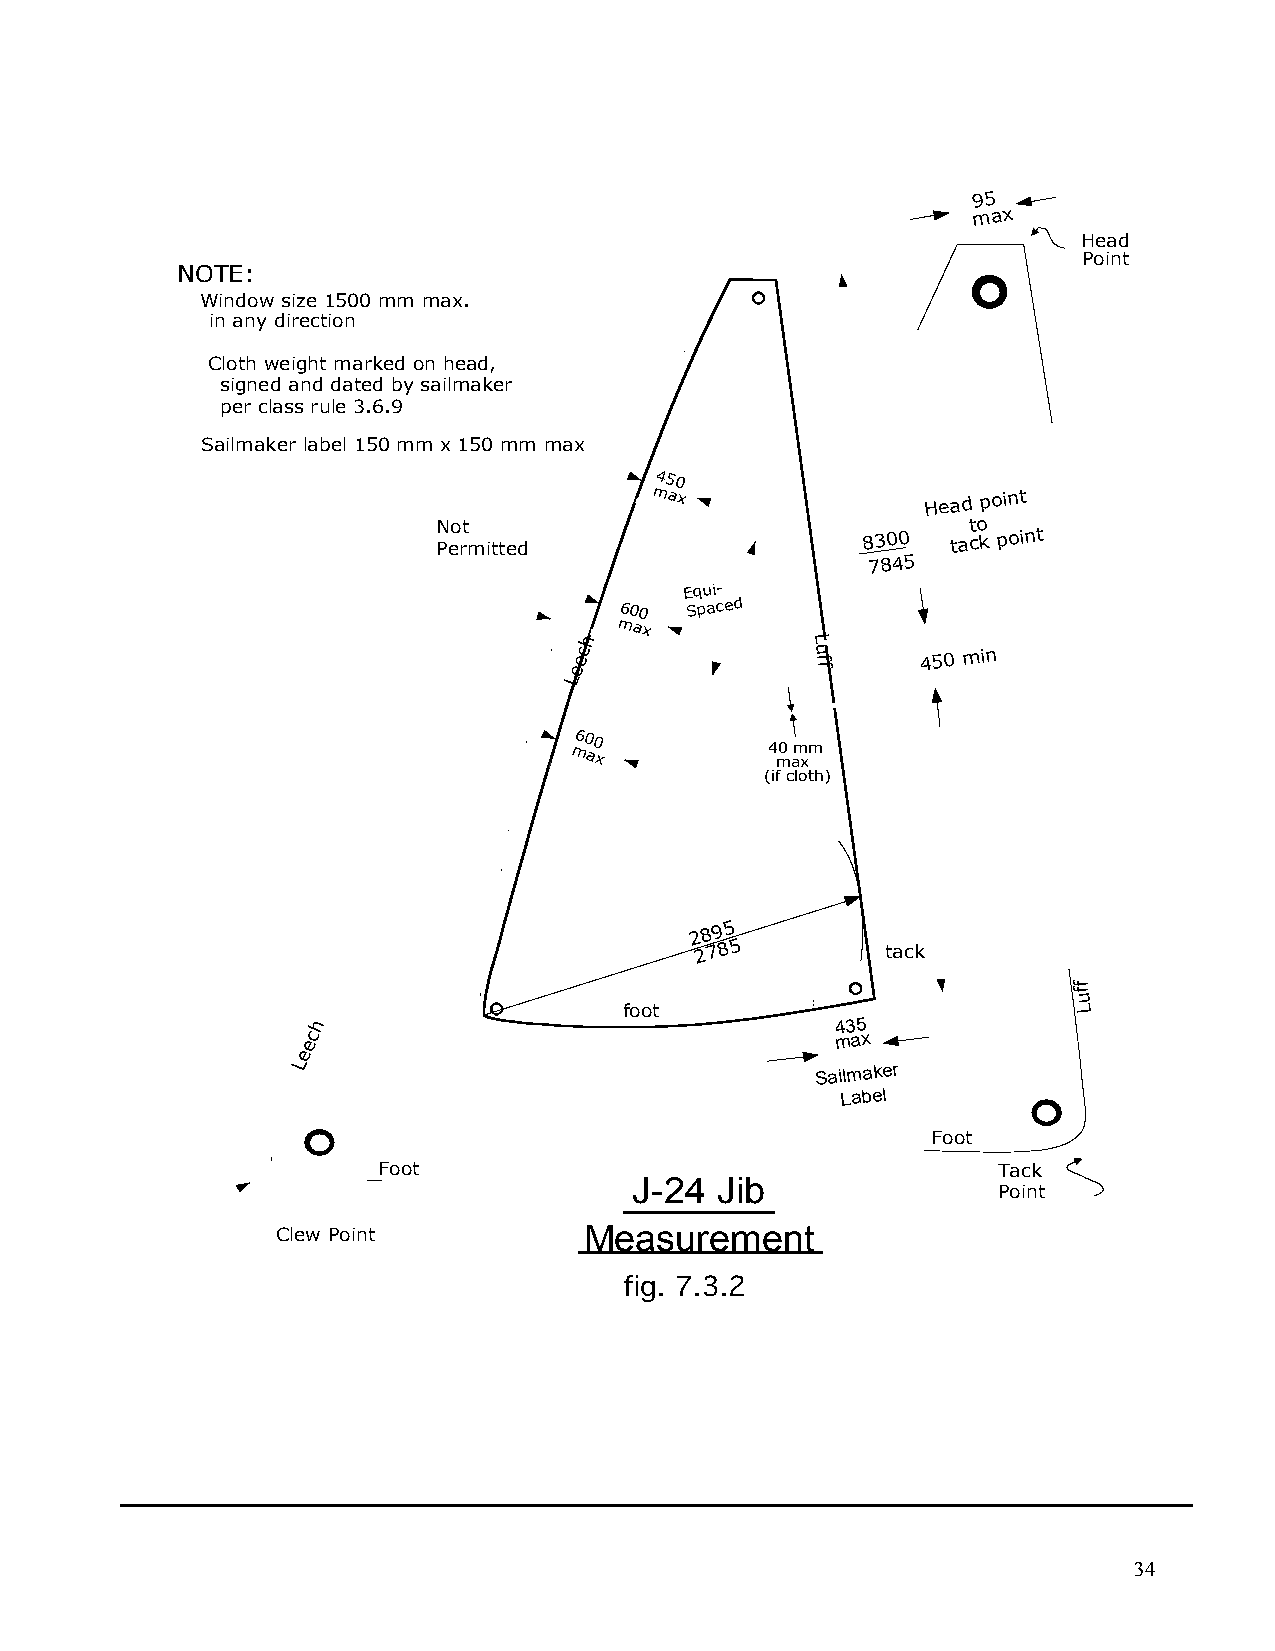
95
 max
 Head
 Point
 NOTE:
 Window size 1500 mm max.
 in any direction
 Cloth weight marked on head,
 signed and dated by sailmaker
 per class rule 3.6.9
 Sailmaker label 150 mm x 150 mm max
 450
 max
 Head
 point
 Not                                to
 Permitted
 8300  tack point
 7845
 Equi-
 600
 Spaced
 max
 h               L
 ec              u f    450 min
 e               f
 L
 600
 40 mm
 max
 max
 (if cloth)
 2895
 2785
 tack
 f
 f
 u
 foot                          L
 h                                 435
 ec                                 max
 e
 L                                  Sailmaker
 Label
 Foot
 Foot                                     Tack
 J-24 Jib
 Point
 Clew Point           Measurement
 fig. 7.3.2
 34